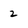
Character: 2